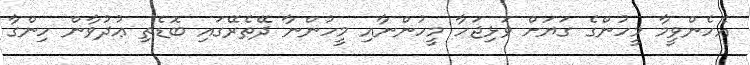
އެހެންވީމާ މީހުންގެ ގަޔަށް ވަޅިޖަހާ މީހުންނާއި މީހުންނާ ދޭތެރޭގައި ބޮޑެތި ޢުދުވާން ހިންގާ